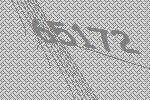
65172